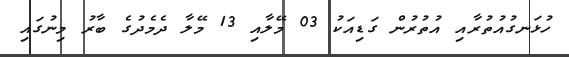
ހުޅަނގުއުތުރާއި އުތުރުން ގަޑިއަކު 03 މޭލާއި 13 މޭލާ ދެމެދުގެ ބާރު މިނުގައި